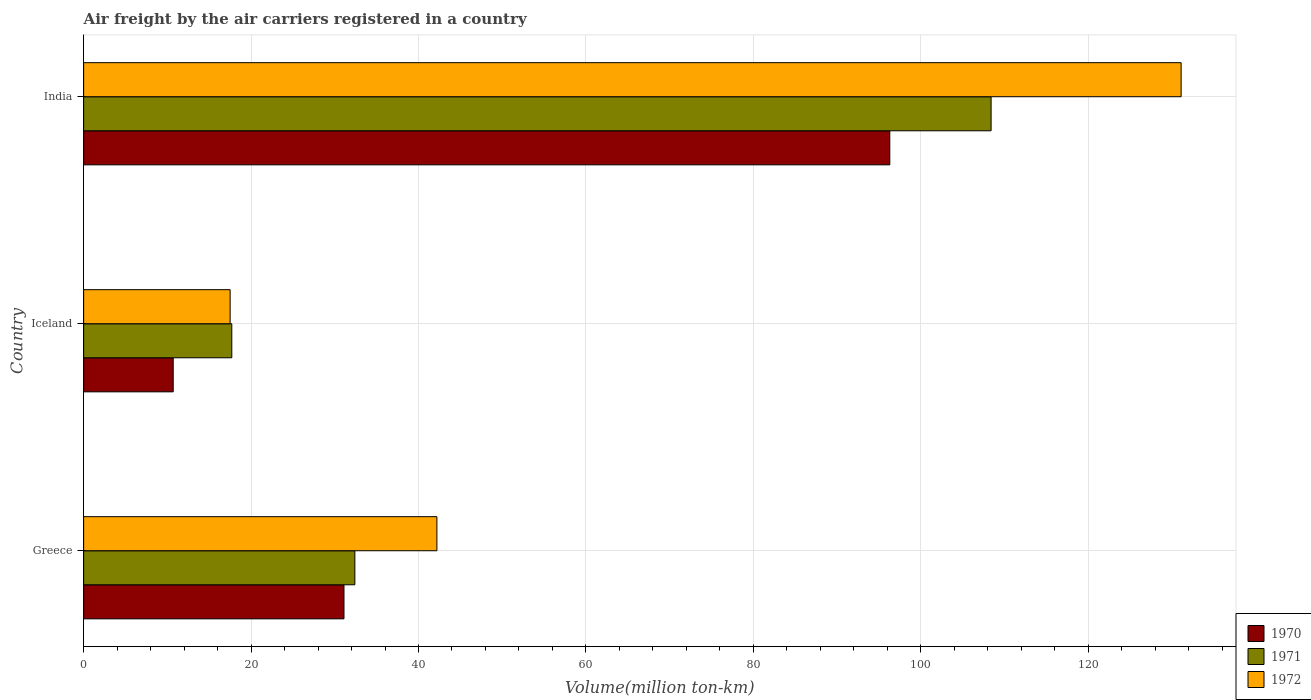
| Country | 1970 | 1971 | 1972 |
 | --- | --- | --- | --- |
 | Greece | 31.1 | 32.4 | 42.2 |
 | Iceland | 10.7 | 17.7 | 17.5 |
 | India | 96.3 | 108 | 131 |